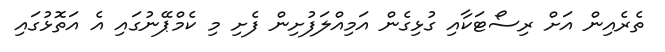
ތެރެއިން އަށް ރިސޯޓަކާއި ގުޅިގެން އަމިއްލަފުށިން ފެށި މި ކެމްޕޭނުގައި އެ އަތޮޅުގައި